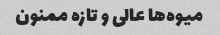
میوه‌ها عالی و تازه ممنون